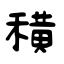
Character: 穔